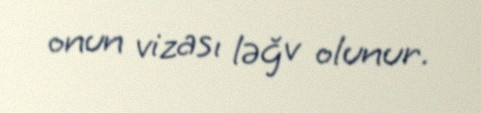
onun vizası ləğv olunur.